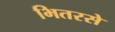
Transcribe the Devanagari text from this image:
भितरसे